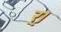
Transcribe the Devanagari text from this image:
र्।